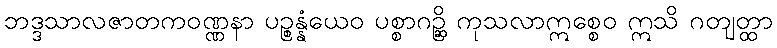
ဘဒ္ဒသာလဇာတကဝဏ္ဏနာ ပဉ္စန္နံယေဝ ပစ္စာဂဉ္ဆိ ကုသလာဣစ္စေဝ ဣသိ ဂတျတ္ထာ